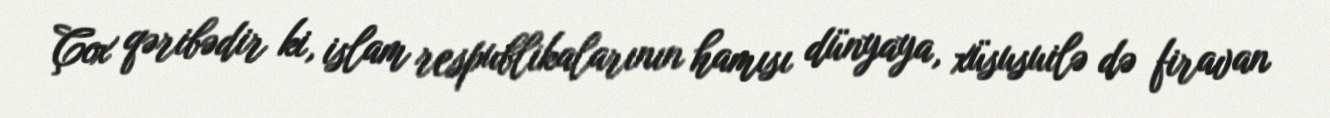
Çox qəribədir ki, islam respublikalarının hamısı dünyaya, xüsusuilə də firavan